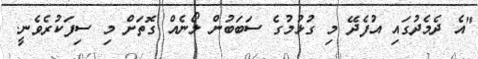
"އެ ދެމެދުގައި އުފެދޭ މި ގުޅުމުގެ ސަބަބުން ލޯނެއް ގޮތަށް މި ސިފަކުރެވެނީ.